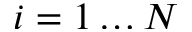
i = 1 \ldots N